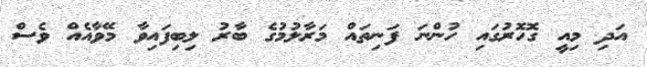
އަދި މިއީ ގޮހޮރުގައި ހުންނަ ފަނިތައް މަރާލުމުގެ ބާރު ލިބިފައިވާ މޭވާއެއް ވެސް